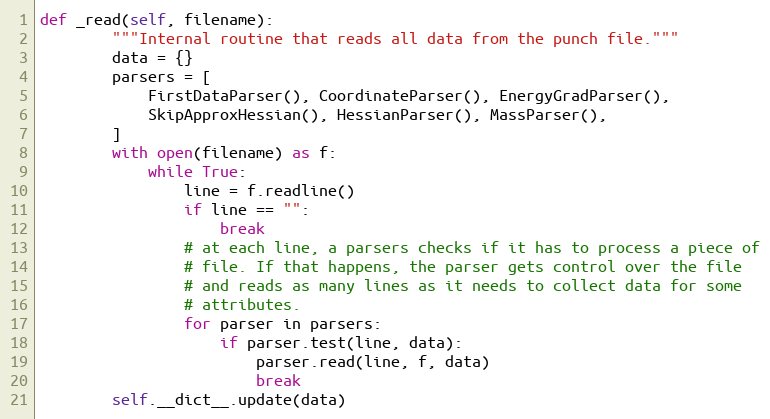
Language: Python
def _read(self, filename):
        """Internal routine that reads all data from the punch file."""
        data = {}
        parsers = [
            FirstDataParser(), CoordinateParser(), EnergyGradParser(),
            SkipApproxHessian(), HessianParser(), MassParser(),
        ]
        with open(filename) as f:
            while True:
                line = f.readline()
                if line == "":
                    break
                # at each line, a parsers checks if it has to process a piece of
                # file. If that happens, the parser gets control over the file
                # and reads as many lines as it needs to collect data for some
                # attributes.
                for parser in parsers:
                    if parser.test(line, data):
                        parser.read(line, f, data)
                        break
        self.__dict__.update(data)